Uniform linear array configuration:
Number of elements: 4
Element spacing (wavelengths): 0.5
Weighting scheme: hamming
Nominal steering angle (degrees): -60
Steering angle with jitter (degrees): -60.482
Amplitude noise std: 0.05
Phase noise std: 0.05

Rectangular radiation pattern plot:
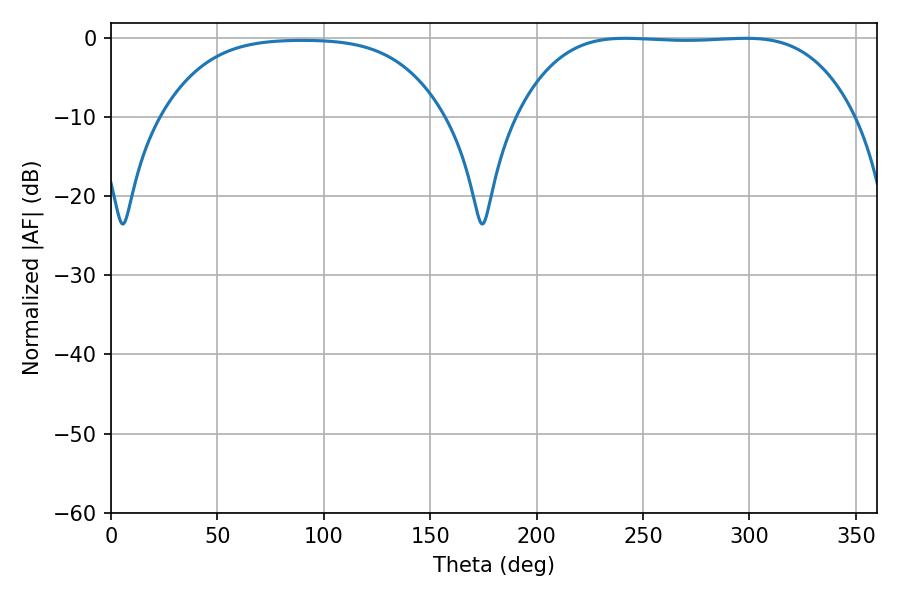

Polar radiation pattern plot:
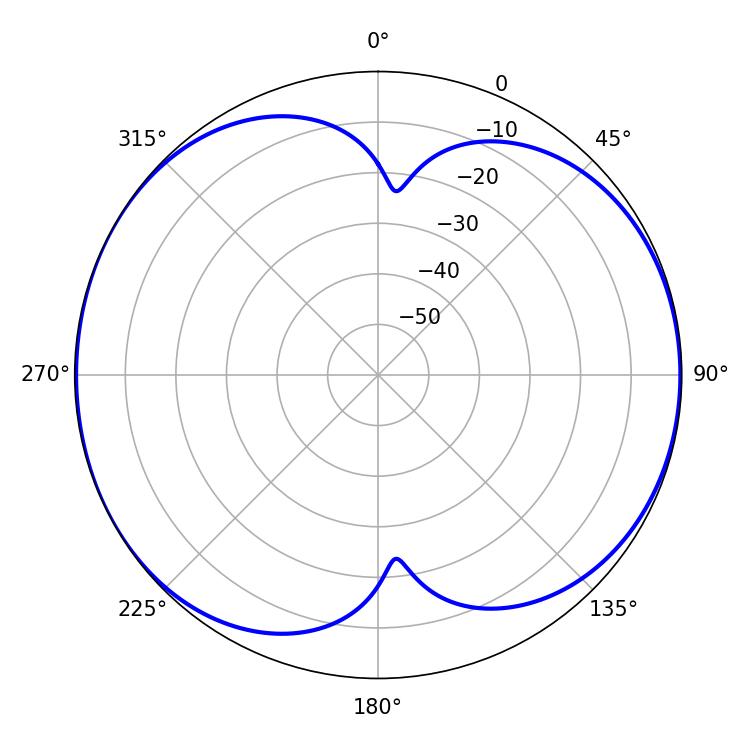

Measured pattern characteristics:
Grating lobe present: FALSE
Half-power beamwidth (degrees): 122.4
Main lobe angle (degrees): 241.56